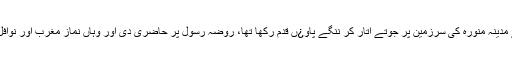
عمران خان نے مدینہ منورہ کی سرزمین پر جوتے اتار کر ننگے پاو¿ں قدم رکھا تھا، روضہ رسول پر حاضری دی اور وہاں نماز مغرب اور نوافل ادا کیے تھے۔